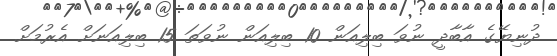
ދުނިޔޭގެ އާބާދީ ނުވަ ބިލިއަން 10 ބިލިއަން ނުވަތަ 15 ބިލިއަނަށް އެރުމަށް